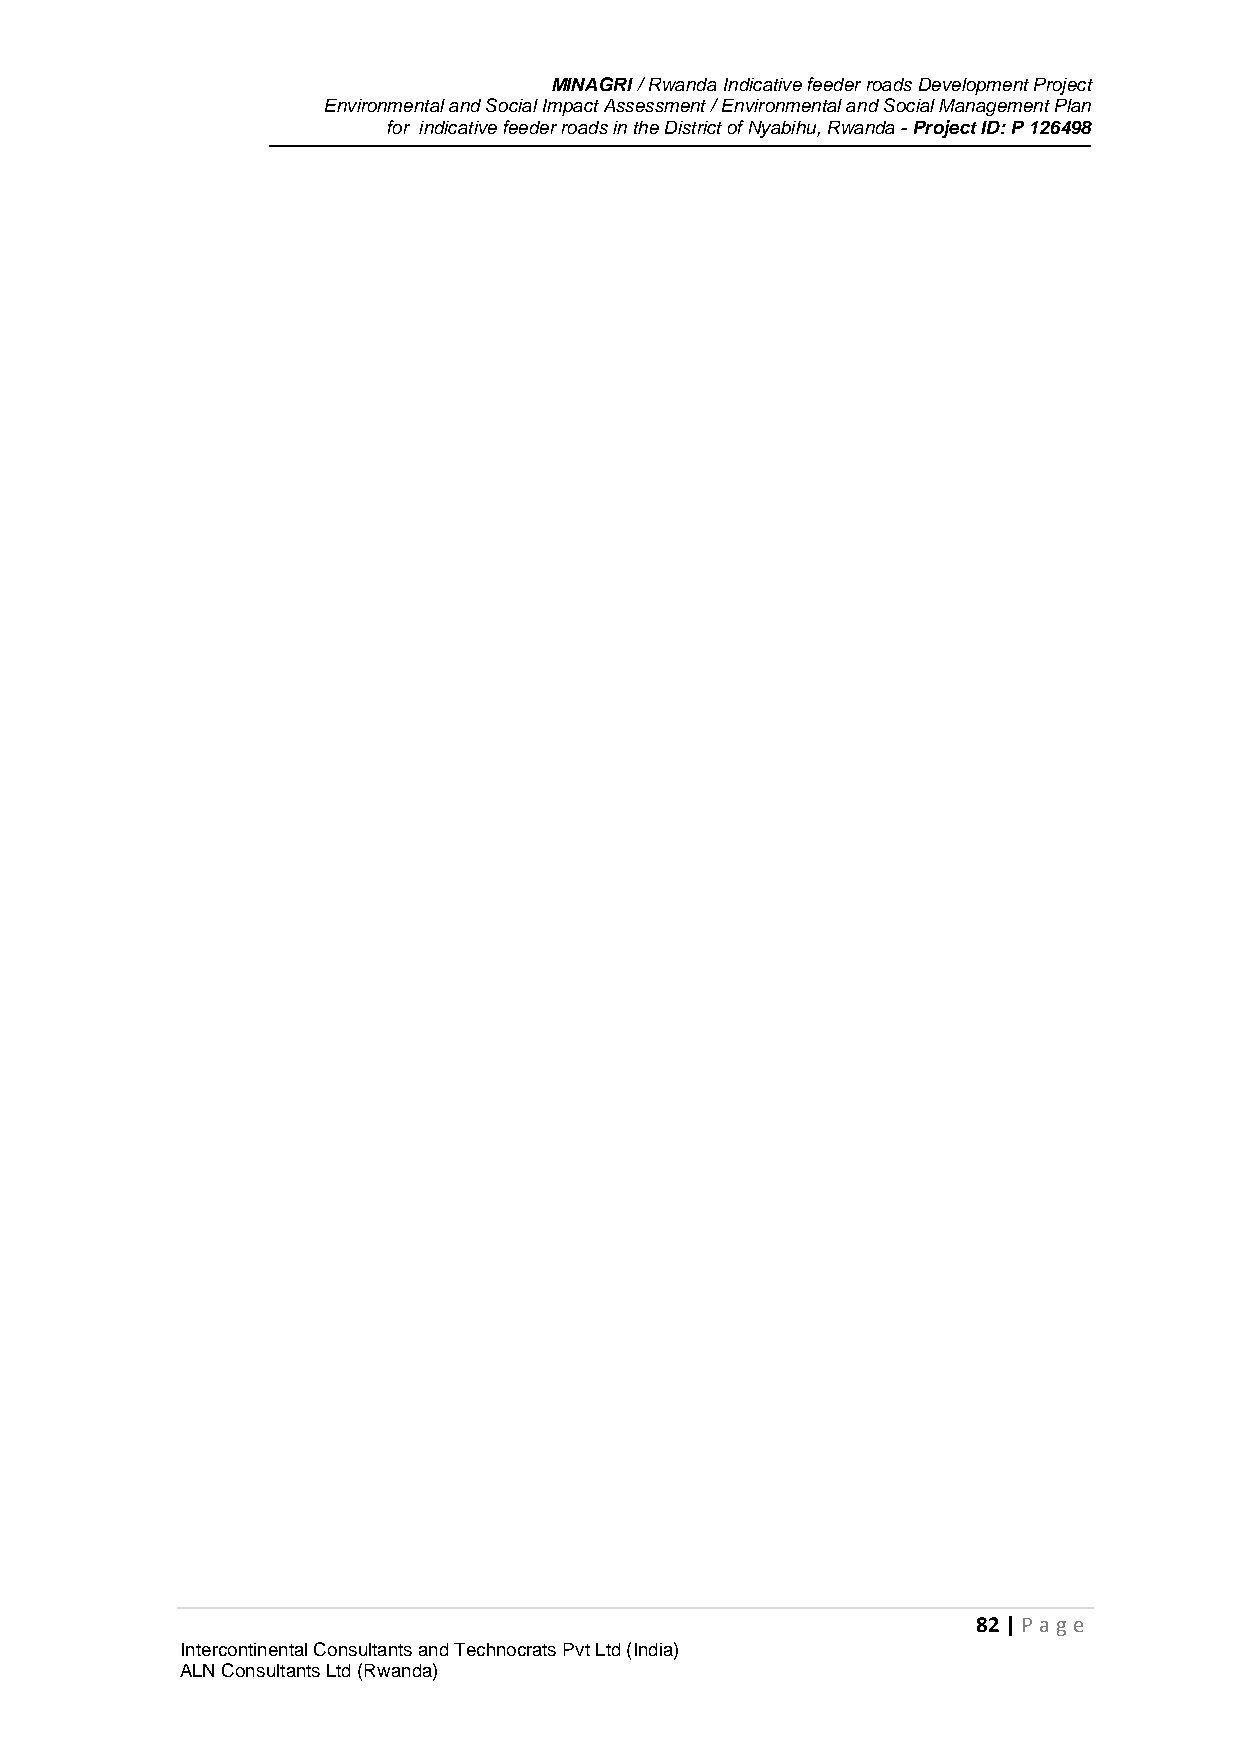
MINAGRI / Rwanda Indicative feeder roads Development Project
 Environmental and Social Impact Assessment / Environmental and Social Management Plan
 for indicative feeder roads in the District of Nyabihu, Rwanda - Project ID: P 126498
 82 | P age
 Intercontinental Consultants and Technocrats Pvt Ltd (India)
 ALN Consultants Ltd (Rwanda)